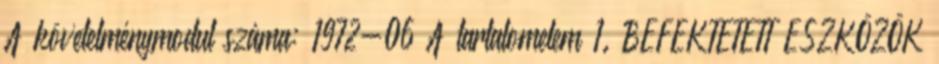
A követelménymodul száma: 1972-06 A tartalomelem 1. BEFEKTETETT ESZKÖZÖK